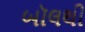
બૉલથી